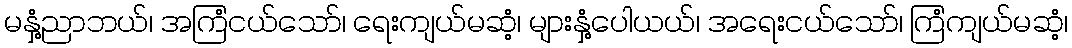
မနှံ့ညာဘယ်၊ အကြံငယ်သော်၊ ရေးကျယ်မဆံ့၊ များနှံ့ပေါယယ်၊ အရေးငယ်သော်၊ ကြံကျယ်မဆံ့၊